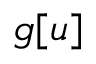
g [ u ]